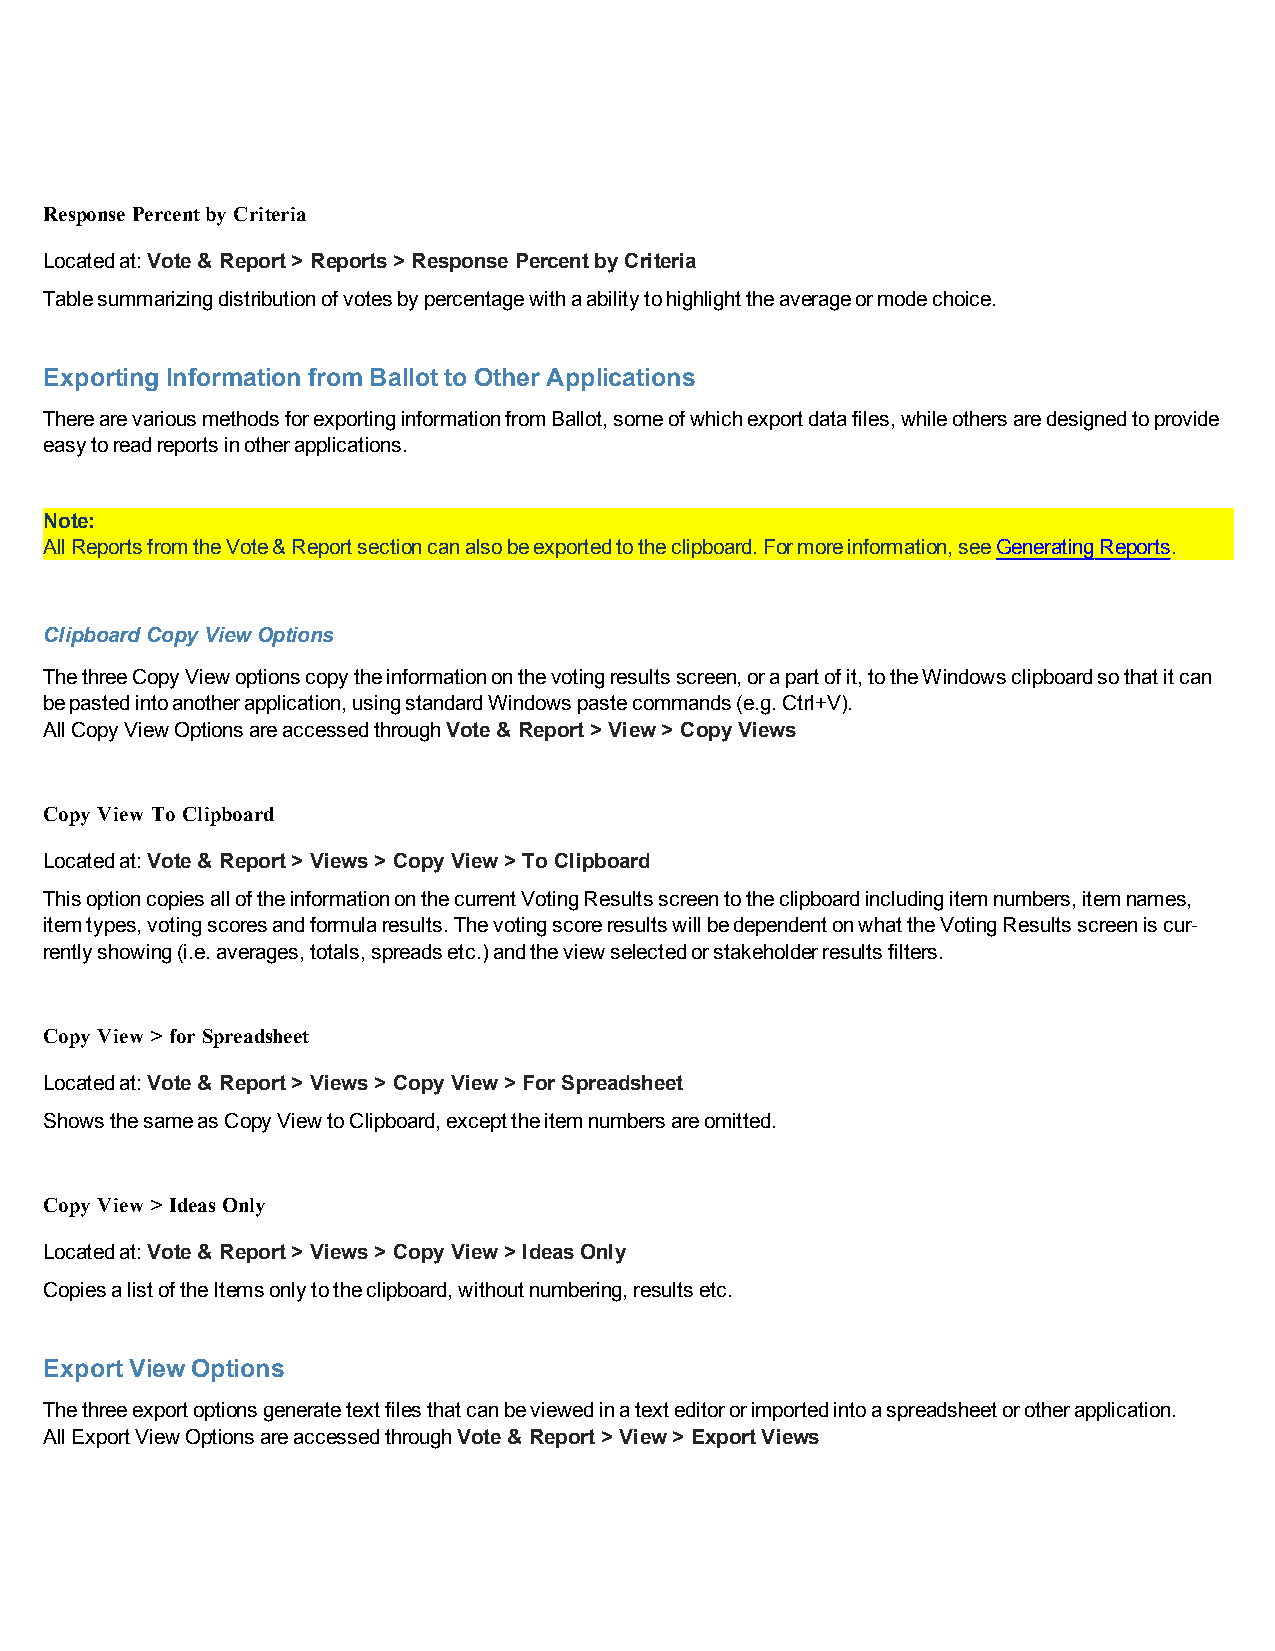
Response Percentby Criteria
 Locatedat:Vote& Report> Reports> ResponsePercentbyCriteria
 Tablesummarizingdistributionofvotesbypercentagewithaabilitytohighlighttheaverageormodechoice.
 Exporting Information fromBallotto OtherApplications
 TherearevariousmethodsforexportinginformationfromBallot,someofwhichexportdatafiles,whileothersaredesignedtoprovide
 easytoreadreportsinotherapplications.
 Note:
 AllReportsfromtheVote&Reportsectioncanalsobeexportedtotheclipboard.Formoreinformation,seeGeneratingReports.
 ClipboardCopyViewOptions
 ThethreeCopyViewoptionscopytheinformationonthevotingresultsscreen,orapartofit,totheWindowsclipboardsothatitcan
 bepastedintoanotherapplication,usingstandardWindowspastecommands(e.g.Ctrl+V).
 AllCopyViewOptionsareaccessedthroughVote& Report> View> CopyViews
 Copy View To Clipboard
 Locatedat:Vote& Report> Views> CopyView> ToClipboard
 ThisoptioncopiesalloftheinformationonthecurrentVotingResultsscreentotheclipboardincludingitemnumbers,itemnames,
 itemtypes,votingscoresandformularesults.ThevotingscoreresultswillbedependentonwhattheVotingResultsscreeniscur-
 rentlyshowing(i.e.averages,totals,spreadsetc.)andtheviewselectedorstakeholderresultsfilters.
 Copy View > for Spreadsheet
 Locatedat:Vote& Report> Views> CopyView> ForSpreadsheet
 ShowsthesameasCopyViewtoClipboard,excepttheitemnumbersareomitted.
 Copy View > IdeasOnly
 Locatedat:Vote& Report> Views> CopyView> IdeasOnly
 CopiesalistoftheItemsonlytotheclipboard,withoutnumbering,resultsetc.
 ExportViewOptions
 Thethreeexportoptionsgeneratetextfilesthatcanbeviewedinatexteditororimportedintoaspreadsheetorotherapplication.
 AllExportViewOptionsareaccessedthroughVote& Report> View> ExportViews